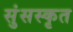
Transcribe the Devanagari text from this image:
सुंसस्कृत